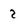
Character: 2